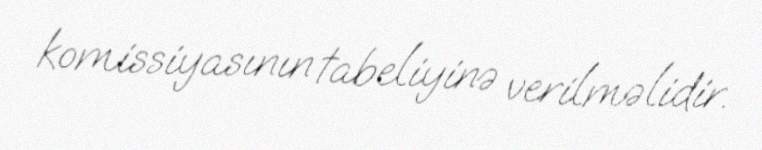
komissiyasının tabeliyinə verilməlidir.